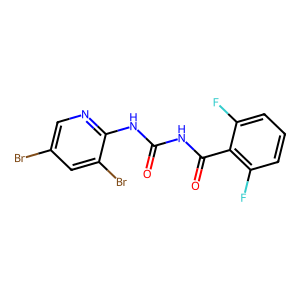
SMILES: O=C(NC(=O)c1c(F)cccc1F)Nc1ncc(Br)cc1Br
Inhibits HIV replication: No